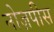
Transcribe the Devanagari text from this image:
नोज़पीस